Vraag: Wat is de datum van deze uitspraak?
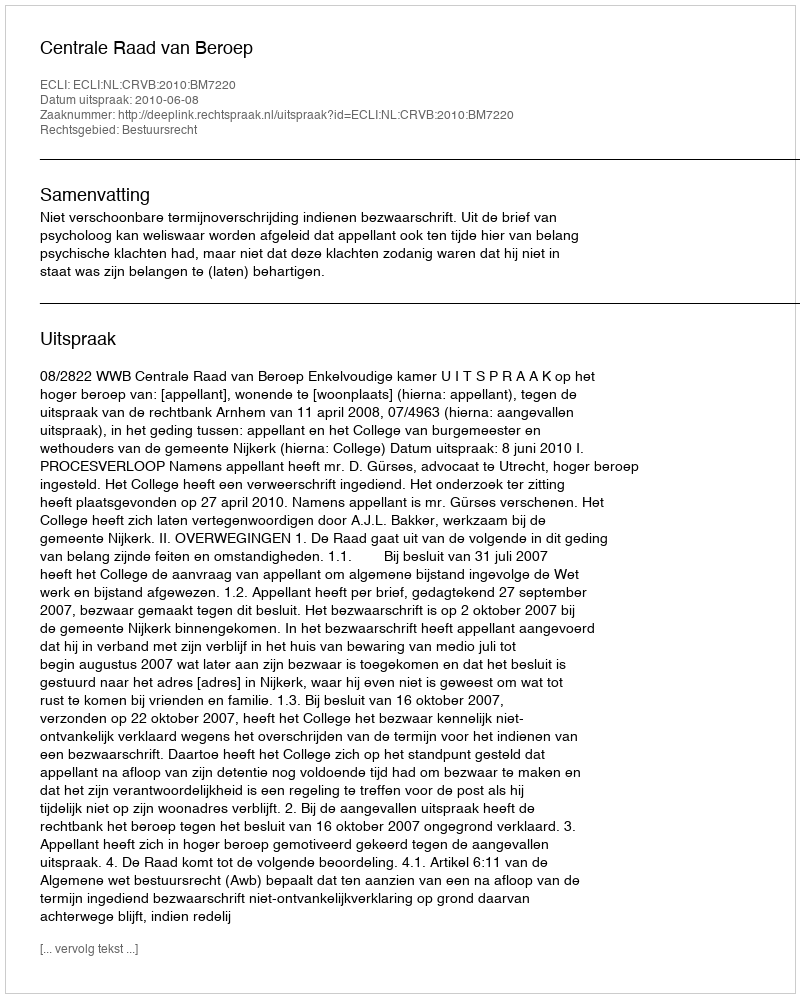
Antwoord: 2010-06-08